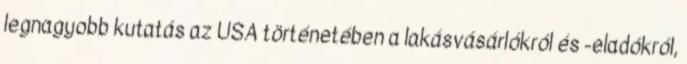
legnagyobb kutatás az USA történetében a lakásvásárlókról és -eladókról,